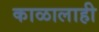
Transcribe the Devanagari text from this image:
काळालाही